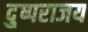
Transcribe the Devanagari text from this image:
दु्ष्पराजय